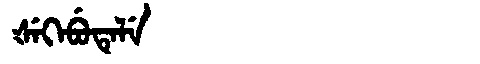
Manchu: ᡧᡝᡴᡝᠪᡠᡨᡝᠯᡝ
Romanization: ŠEKEBUTELE